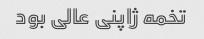
تخمه ژاپنی عالی بود